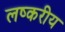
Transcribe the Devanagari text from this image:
लष्करीय